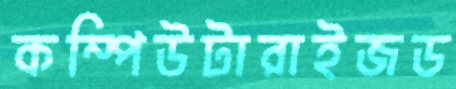
কম্পিউটারাইজড